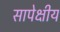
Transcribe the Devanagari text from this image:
सापेक्षीय